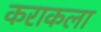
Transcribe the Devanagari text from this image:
कराकला